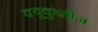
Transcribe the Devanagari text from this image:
क्यूकुशीन